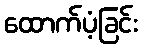
ထောက်ပံ့ခြင်း